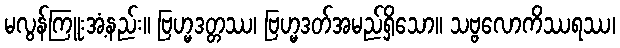
မလွန်ကြူးအံ့နည်း။ ဗြဟ္မဒတ္တဿ၊ ဗြဟ္မဒတ်အမည်ရှိသော။ သဗ္ဗလောကိဿရဿ၊